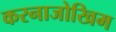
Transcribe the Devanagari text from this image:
करनाजोखिम